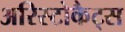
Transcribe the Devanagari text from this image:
अरिस्टोकैट्स